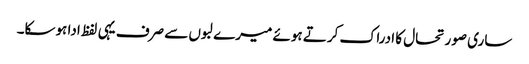
ساری صورتحال کا ادراک کرتے ہوئے میرے لبوں سے صرف یہی لفظ ادا ہوسکا۔